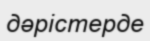
дәрістерде